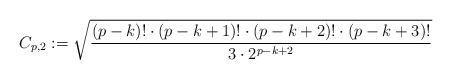
LaTeX: \begin{align*} C_{p,2} := \sqrt{ \frac{(p-k)! \cdot (p-k+1)! \cdot (p-k+2)! \cdot (p-k+3)! }{3 \cdot 2^{p-k+2} }} \end{align*}